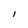
Character: l